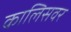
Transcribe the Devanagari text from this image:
कालिसवर